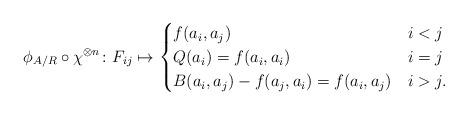
LaTeX: \begin{align*} \phi_{A/R}\circ \chi^{\otimes n}\colon F_{ij}\mapsto \begin{cases} f(a_i,a_j) &i<j\\ Q(a_i)=f(a_i,a_i) &i=j\\ B(a_i,a_j)-f(a_j,a_i)=f(a_i,a_j) &i>j. \end{cases} \end{align*}